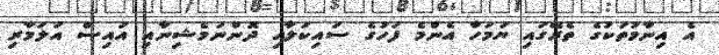
އެ އިނާމުތަކުގެ ތެރޭގައި ޔަމަހާ އެންމެ ފަހުގެ ސައިކަލާއި ދޮންނަމެޝިނާއި އައިސް އަލަމާރި